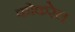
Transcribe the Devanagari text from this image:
कोकरेल